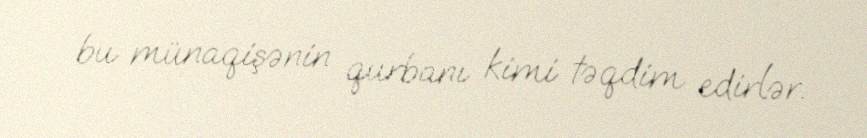
bu münaqişənin qurbanı kimi təqdim edirlər.